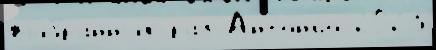
вы́бранных раз Антон'ио 2023